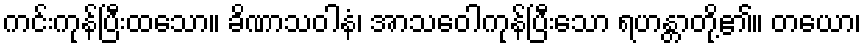
ကင်းကုန်ပြီးထသော။ ခိဏာသဝါနံ၊ အာသဝေါကုန်ပြီးသော ရဟန္တာတို့၏။ တယော၊